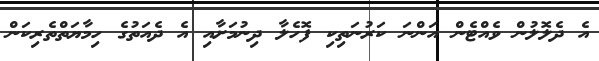
އެ ދެލޮލުން ވެއްޓެން އަންނަ ކަރުނަތިކި ފޮހެލާ ދިނުމަށާއި އެ ދެއަތުގެ ހިމާޔަތްތެރިކަން